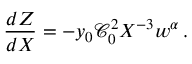
\frac { d Z } { d X } = - y _ { 0 } \mathcal { C } _ { 0 } ^ { 2 } X ^ { - 3 } w ^ { \alpha } \, .